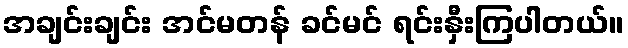
အချင်းချင်း အင်မတန် ခင်မင် ရင်းနှီးကြပါတယ်။